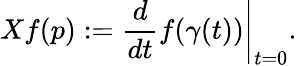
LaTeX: Xf(p):=\left.{\frac{d}{dt}}f(\gamma(t))\right|_{t=0}.